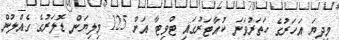
މިދިޔަ އަހަރުގެ ހަތަރުވަނަ ކުއާޓަރުގައި ޓްވިޓާ އަށް 125 މިލިޔަން ޑޮލަރުގެ ގެއްލުން